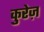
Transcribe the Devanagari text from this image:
कुरेज़